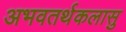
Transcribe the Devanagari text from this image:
अभवतर्थकलासु